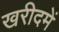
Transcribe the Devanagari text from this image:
खरीदमें